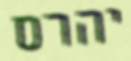
יהרס